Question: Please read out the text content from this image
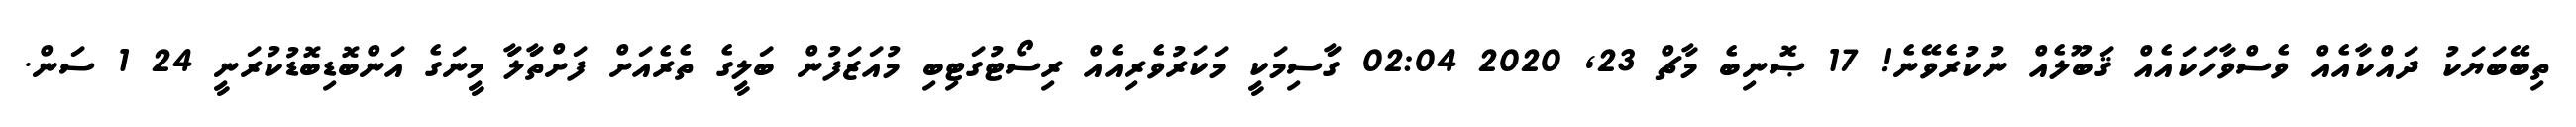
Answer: ތިބޭބަޔަކު ދައްކާއެއް ވެސްވާހަކައެއް ޤަބޫލެއް ނުކުރެވޭނެ! 17 ޞޮނިބެ މާޗް 23, 2020 02:04 ގަާސިމަކިީ މަކަރުވެރިއެއް ރިސޯޓުގަޓިބި މުއަޒަފުން ބަލިީގެ ތެރެއަށް ފަށްތަާލަާ މިީނަގެ އަންބޮޑިބޮޑުކުރަނިީ 24 1 ސަން.